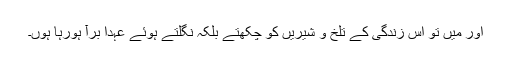
اور میں تو اس زندگی کے تلخ و شیریں کو چکھتے بلکہ نگلتے ہوئے عہدا برآ ہورہا ہُوں۔